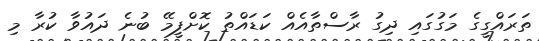
ތަރައްގީގެ މަގުގައި ދިގު ރާސްތާއެއް ކަޑައްތު ކޮށްފީމޭ ބުނެ ދައުވާ ކުރާ މި